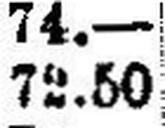
72.50